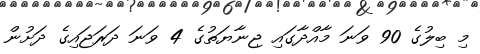
މި ބިލުގެ 90 ވަނަ މާއްދާގައި ޖިނާޔަތުގެ 4 ވަނަ ދަރަޖައިގެ ދަށުން